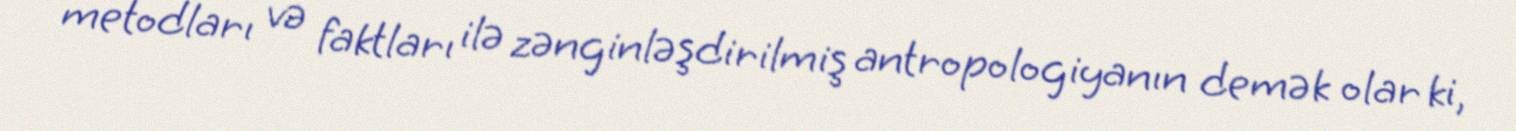
metodları və faktları ilə zənginləşdirilmiş antropologiyanın demək olar ki,